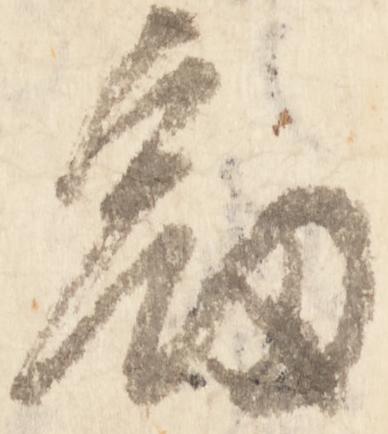
剱